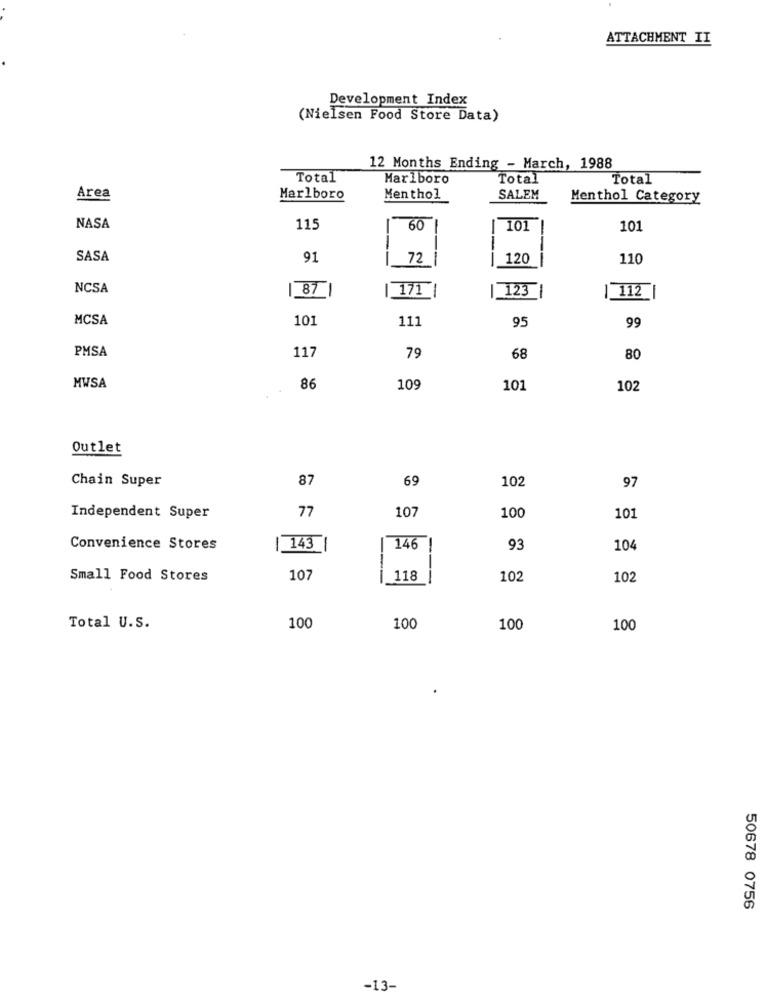
ATTACHMENT II
Development Index
(Nielsen Food Store Data)
12 Months Ending - March, 1988
Total
Marlboro
Total
Total
Area
Marlboro
Menthol
SALEM
Menthol Category
NASA
115
-
60
101
101
-
SASA
91
72 1
120
110
NCSA
87 1
171
| 123
| 112
MCSA
101
111
95
99
PMSA
117
79
68
80
MWSA
86
109
10
102
Outlet
Chain Super
87
69
102
97
77
100
Independent Super
107
101
Convenience Stores
| 143
146
93
104
Small Food Stores
107
118
102
102
Total U.S.
100
100
100
100
50678 0756
-13-